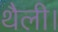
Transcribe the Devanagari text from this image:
थैली।